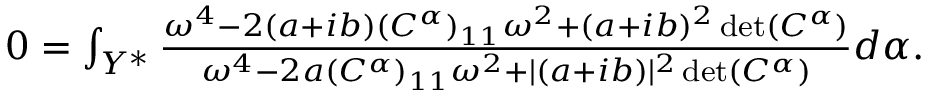
\begin{array} { r } { 0 = \int _ { Y ^ { * } } \frac { \omega ^ { 4 } - 2 ( a + i b ) ( C ^ { \alpha } ) _ { 1 1 } \omega ^ { 2 } + ( a + i b ) ^ { 2 } \operatorname* { d e t } ( C ^ { \alpha } ) } { \omega ^ { 4 } - 2 a ( C ^ { \alpha } ) _ { 1 1 } \omega ^ { 2 } + \lvert ( a + i b ) \rvert ^ { 2 } \operatorname* { d e t } ( C ^ { \alpha } ) } d \alpha . } \end{array}